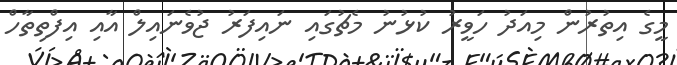
މީގެ އިތުރުން މިއަދު ހަވީރު ކުޅުނު މެޗުގައި ނައިފަރު ޖުވެނައިލް އާއި އިފްތިތާހް